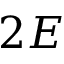
2 E